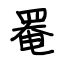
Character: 罨